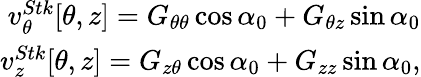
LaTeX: \begin{array}{r}{v_{\theta}^{Stk}[\theta,z]=G_{\theta\theta}\cos\alpha_{0}+G_{\theta z}\sin\alpha_{0}}\\ {v_{z}^{Stk}[\theta,z]=G_{z\theta}\cos\alpha_{0}+G_{zz}\sin\alpha_{0},}\end{array}